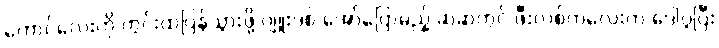
ကောင်လေးကို ကွင်းထဲပြန်သွားဖို့ ဂျူးဒစ် အော်ပြောမည့် ဆဲဆဲတွင် ဖီးလစ်ကလေးက ဒေါပွပြီး